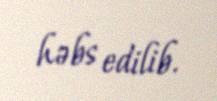
həbs edilib.